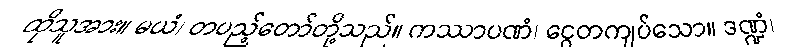
ထိုသူအား။ မယံ၊ တပည့်တော်တို့သည်။ ကဿာပဏံ၊ ငွေတကျပ်သော။ ဒဏ္ဍံ၊